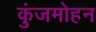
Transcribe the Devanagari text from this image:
कुंजमोहन